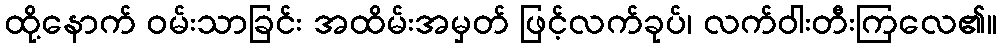
ထို့နောက် ဝမ်းသာခြင်း အထိမ်းအမှတ် ဖြင့်လက်ခုပ်၊ လက်ဝါးတီးကြလေ၏။